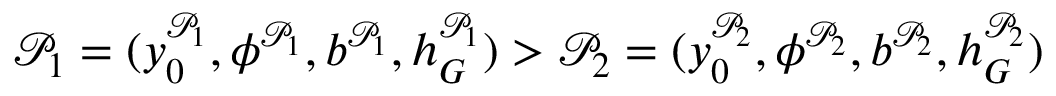
\mathcal { P } _ { 1 } = ( y _ { 0 } ^ { \mathcal { P } _ { 1 } } , \phi ^ { \mathcal { P } _ { 1 } } , b ^ { \mathcal { P } _ { 1 } } , h _ { G } ^ { \mathcal { P } _ { 1 } } ) > \mathcal { P } _ { 2 } = ( y _ { 0 } ^ { \mathcal { P } _ { 2 } } , \phi ^ { \mathcal { P } _ { 2 } } , b ^ { \mathcal { P } _ { 2 } } , h _ { G } ^ { \mathcal { P } _ { 2 } } )